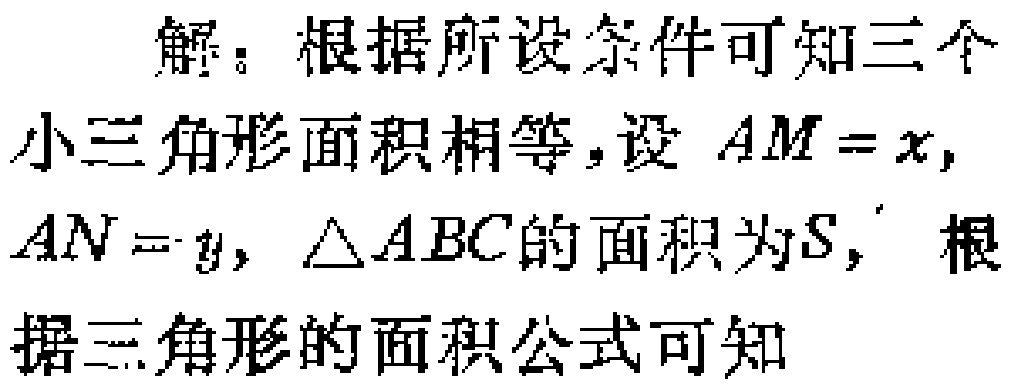
解：根据所设条件可知三个小三角形面积相等，设 \(AM = x\)，\(AN = y\)，\(\triangle ABC\)的面积为\(S\)，根据三角形的面积公式可知